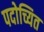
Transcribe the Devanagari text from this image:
पदोच्यित